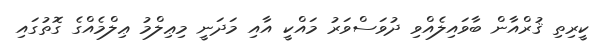
ކީރިތި ޤުރްއާން ބާވައިލެއްވި ދުވަސްވަރު މައްކީ އާއި މަދަނީ މިޢިލްމު ޢިލްމެއްގެ ގޮތުގައި